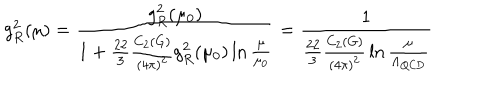
g _ { R } ^ { 2 } ( \mu ) = { \frac { g _ { R } ^ { 2 } ( \mu _ { 0 } ) } { 1 + { \frac { 2 2 } { 3 } } { \frac { C _ { 2 } ( G ) } { ( 4 \pi ) ^ { 2 } } } g _ { R } ^ { 2 } ( \mu _ { 0 } ) \ln { \frac { \mu } { \mu _ { 0 } } } } } = { \frac { 1 } { { \frac { 2 2 } { 3 } } { \frac { C _ { 2 } ( G ) } { ( 4 \pi ) ^ { 2 } } } \ln { \frac { \mu } { \Lambda _ { \mathrm { Q C D } } } } } }